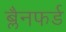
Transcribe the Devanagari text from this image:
ब्लैनफर्ड